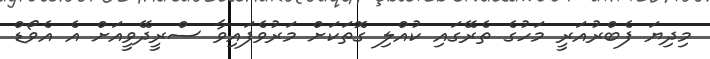
މިދިޔަ ފެބްރުއަރީ މަހުގެ ތެރޭގައި ކުއްލި ގޮތަކަށް މަރުވެފައިވާ ސްރީދޭވީއަށް އެ އެވޯޑް